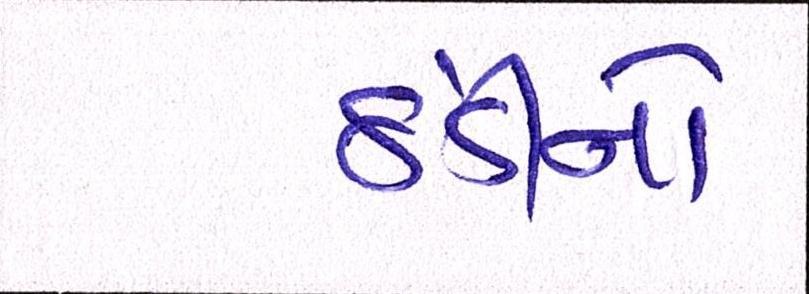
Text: ઠંડીનો